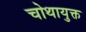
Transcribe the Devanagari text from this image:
चोथायुक्त